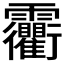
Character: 𩇐